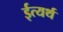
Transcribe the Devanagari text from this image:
ईत्यर्थ